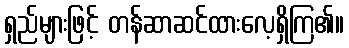
ရှည်များဖြင့် တန်ဆာဆင်ထားလေ့ရှိကြ၏။